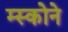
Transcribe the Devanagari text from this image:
म्स्कोने